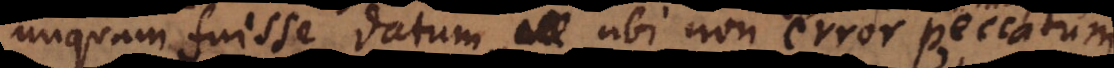
unquam fuisse datum, ubi non error peccatum